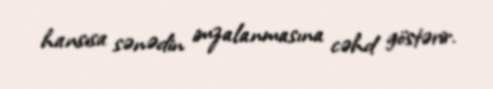
hansısa sənədin imzalanmasına cəhd göstərir.